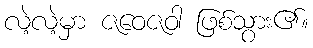
လဲ့လဲ့မှာ ဇဝေဇဝါ ဖြစ်သွား၏။